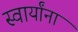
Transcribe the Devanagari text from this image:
स्वार्यांना